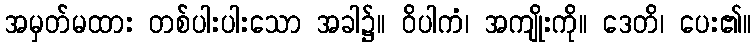
အမှတ်မထား တစ်ပါးပါးသော အခါ၌။ ဝိပါကံ၊ အကျိုးကို။ ဒေတိ၊ ပေး၏။